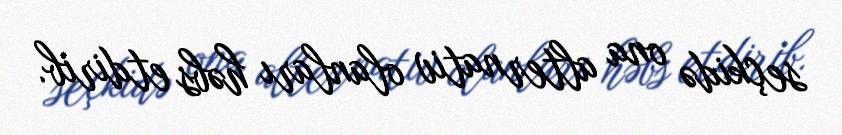
seçkidə ona alternativ olanları həbs etdirib.